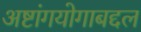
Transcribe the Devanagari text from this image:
अष्टांगयोगाबद्दल